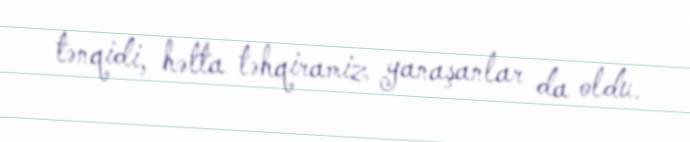
tənqidi, hətta təhqiramiz yanaşanlar da oldu.